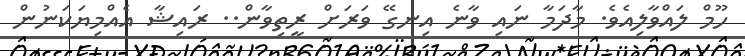
ހޫމް ލައްވާލިއެވެ. މާދަމާ ނައި ވާނެ އިނގޭ ވަރަށް ރީތިވާން.. ރައިޝާ އެއްމިޔަކަނުން